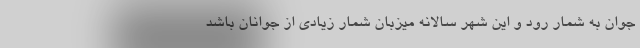
جوان به شمار رود و این شهر سالانه میزبان شمار زیادی از جوانان باشد